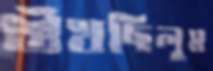
শুঁখছিলুম